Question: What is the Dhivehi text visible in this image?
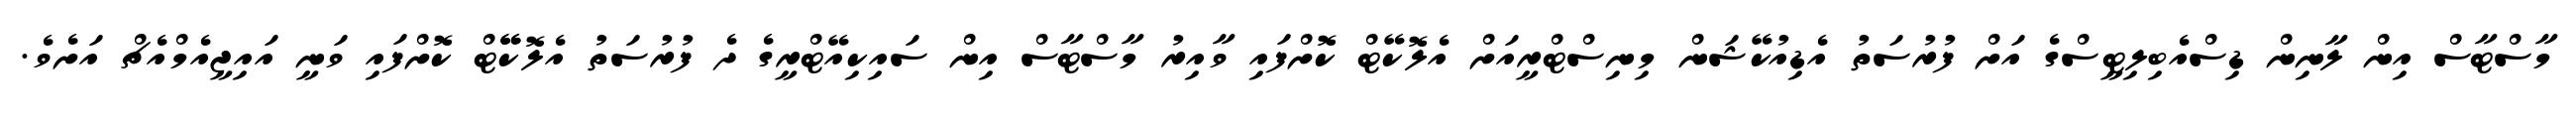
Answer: މާސްޓާސް އިން ލާނިން ޑިސްއެބިލިޓީސްގެ އަށް ފުރުސަތު އެޑިއުކޭޝަން މިނިސްޓްރީއަށް އެލޮކޭޓް ކޮށްފައި ވާއިރު މާސްޓާސް އިން ސައިކިއޭޓްރީގެ ދެ ފުރުސަތު އެލޮކޭޭޓް ކޮށްފައި ވަނީ އައިޖީއެމްއެޗް އަށެވެ.